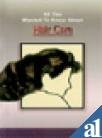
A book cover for All You Want to Know About Hair Care; D.N. Kakar; Health, Fitness & Dieting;